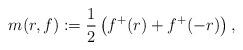
LaTeX: \begin{align*}m(r,f):=\frac{1}{2}\left(f^{+}(r)+f^{+}(-r)\right),\end{align*}